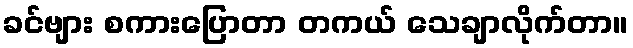
ခင်ဗျား စကားပြောတာ တကယ် သေချာလိုက်တာ။